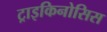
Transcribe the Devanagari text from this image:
ट्राइकिनोसिस